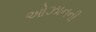
ઓઝાનની